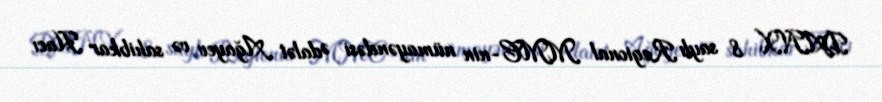
DANX 8 saylı Regional MMC-nin nümayəndəsi Ədalət Ağayev və sahibkar Hacı